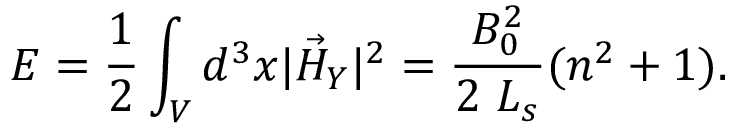
E = \frac { 1 } { 2 } \int _ { V } d ^ { 3 } x | \vec { { \cal H } } _ { Y } | ^ { 2 } = \frac { B _ { 0 } ^ { 2 } } { 2 ~ L _ { s } } ( n ^ { 2 } + 1 ) .